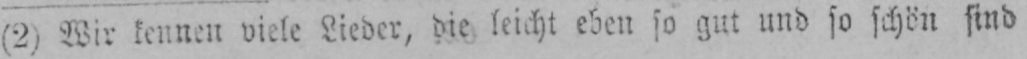
(2) Wir kennen viele Lieder, die leicht eben so gut und so schön sind